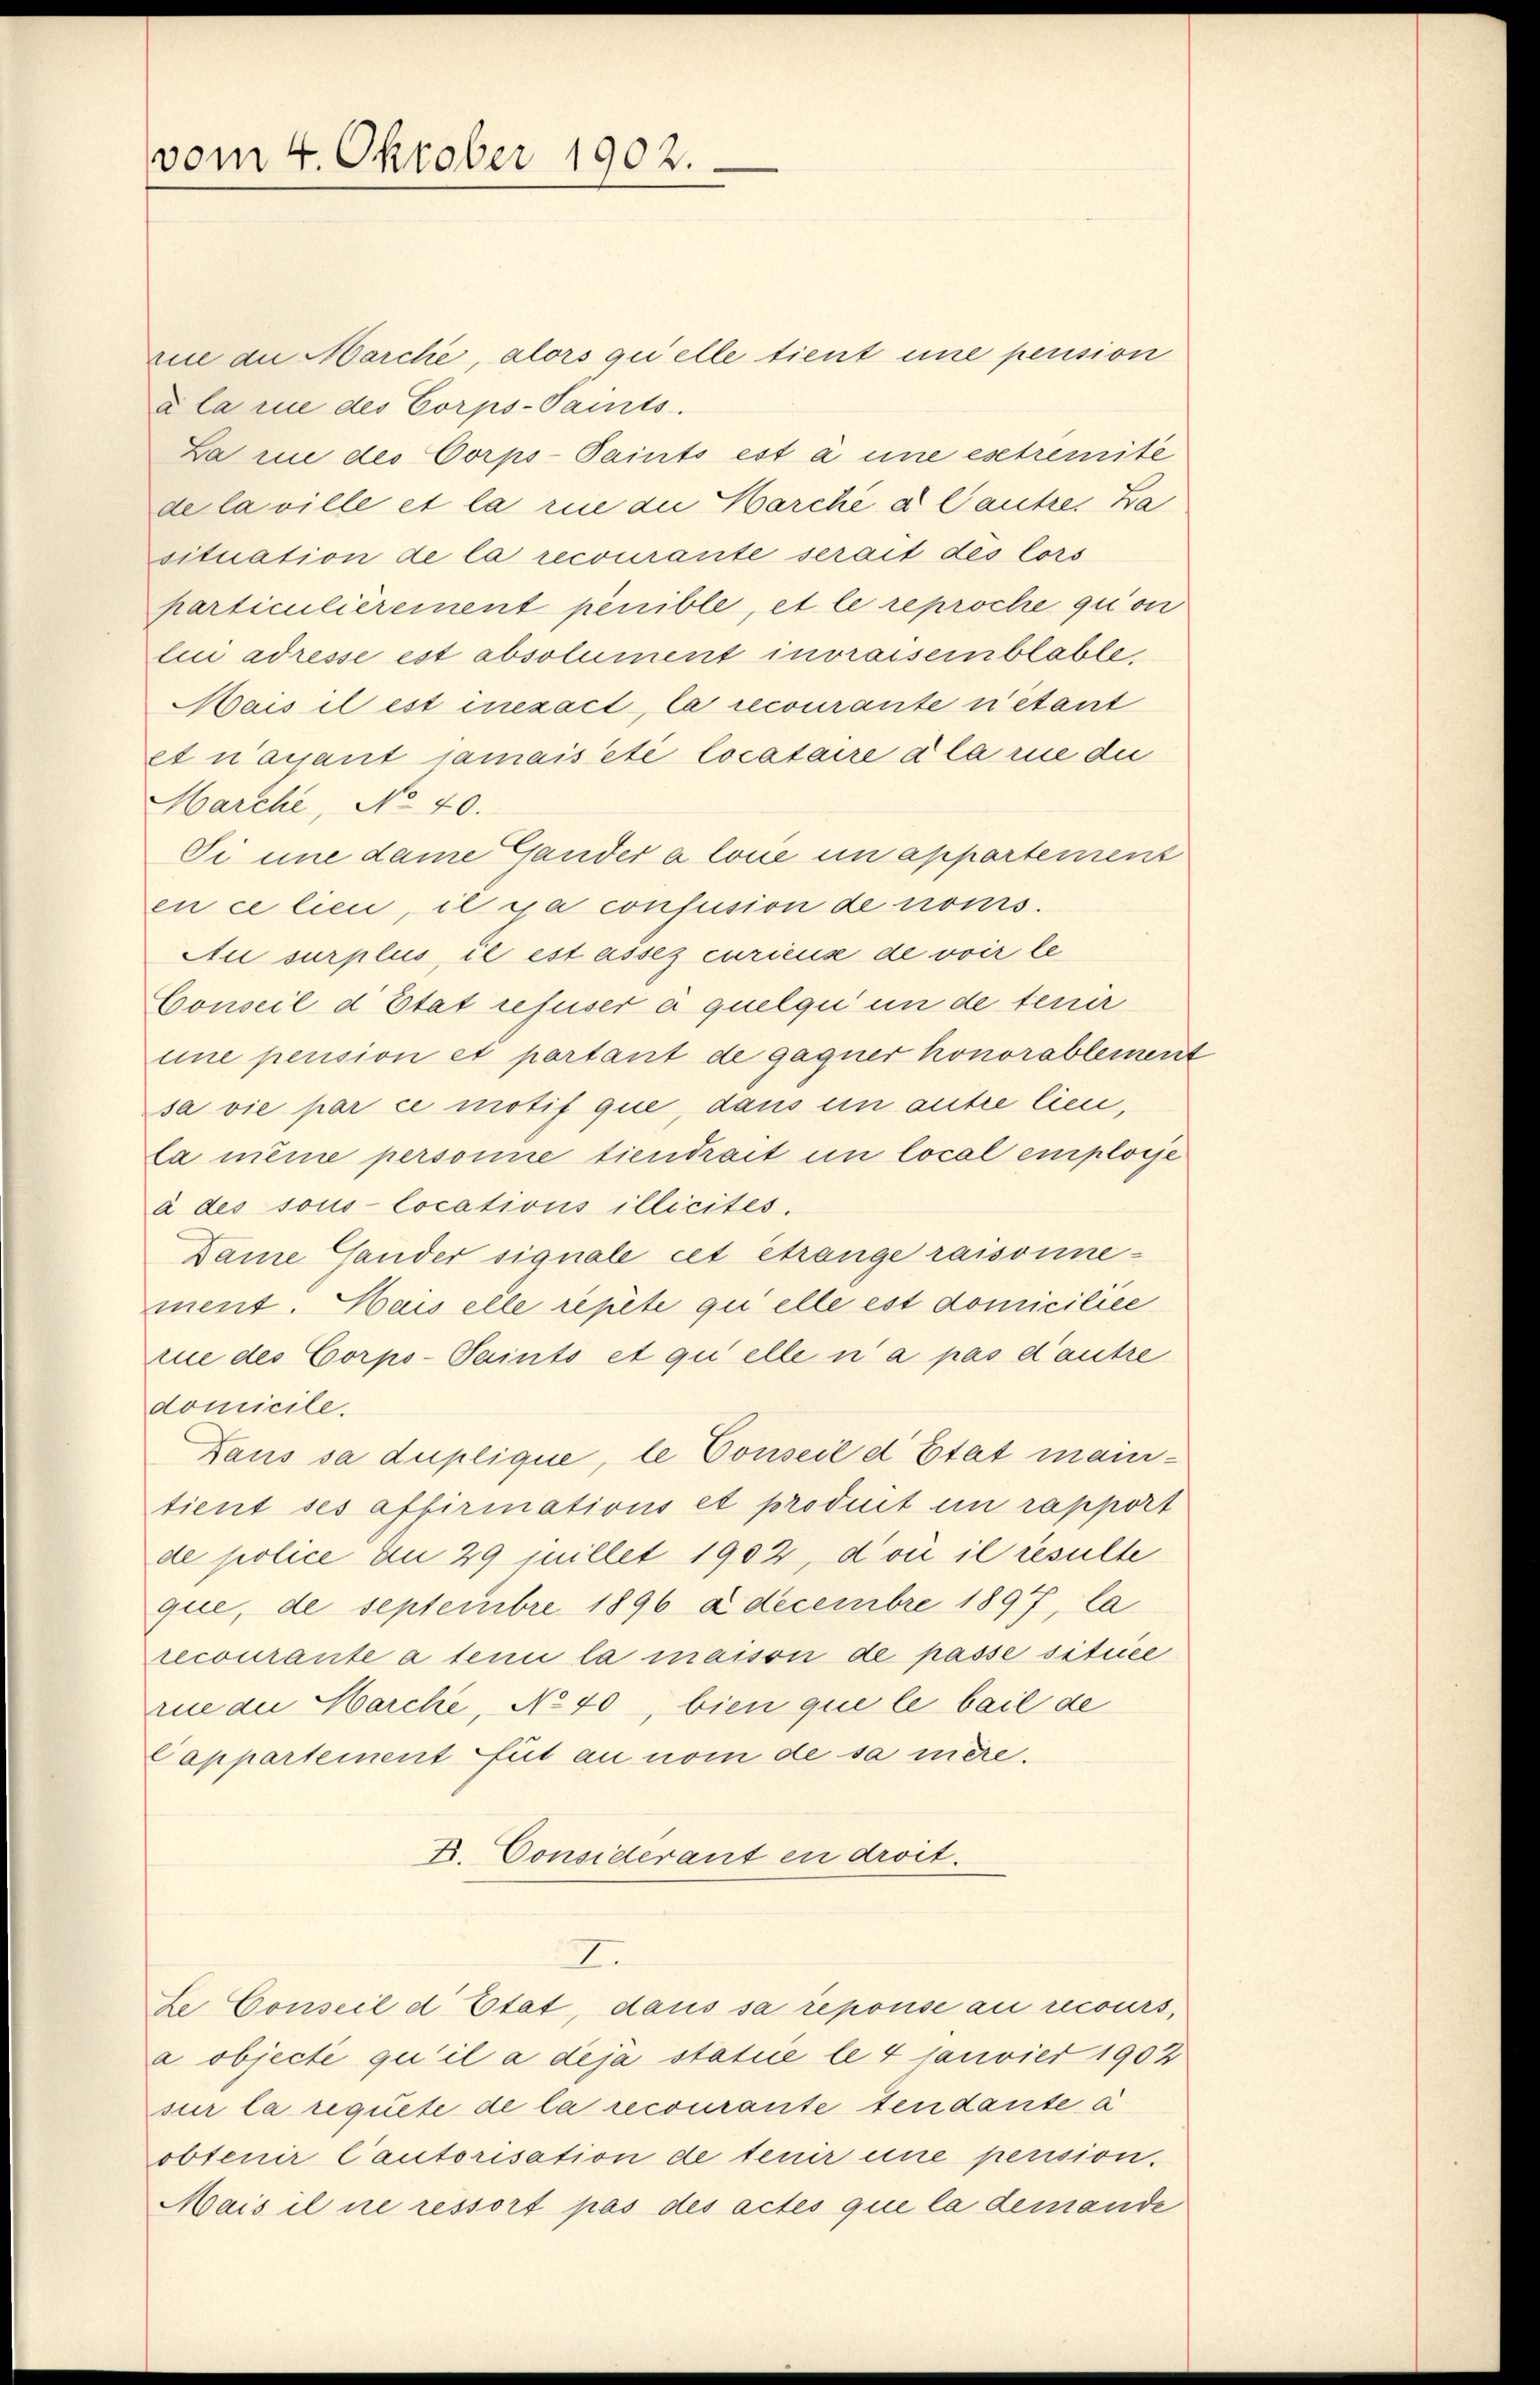
vom 4. Oktober 1902.

Ein an Marche, alors quelle tient une pension
a la rue des Corps-Paits.
La in des Corps-Paints est à une estremite
de la ville et la rine an Marche a Cautres Ba
situation de la recourante serait des lors
particulièrement penible, et le reproche quon
lii adresse est absolument invraisemblable,
Mais il est inezact, la recourante n’étant
et nacant jamais été locataire à la rie die
Marche, No 40.
Si une dame Gander a lone in appartement
en ce lieu, il a confusion de nomis
Au surplus, il est assez curieuse de voir le
Conseil d’Etat refuser à quelqu’un de tenir
une pension et portant de gagner honorableinen
sa vie par ce motif que, dans ein antre lien,
La meine personne tiendrait in local employe
à des sous locations illicites.
Dame Gander signale cet étrange raisonnement. Sais elle repete quelle est domiciliee
rue des Corpo-Paints et quelle n’a pas d’autre
domicile.
Daus sa duplique, le Conseil d’Etat meintient ses affirmations et produit en rapport
de police an 29 millet 1902, do il resulte
que, de septembre 1896 a decembre 1897, la
recourante a tenu la maison de passe située
rin an Marche, No 40, bien que le bail de
Cappartement fut an nom de sa mère.
B. Considerant en droit.
2.
Le Conseil d’Etat, dans sa reponse an recours,
a objecte qu’il a déjà statue le 4 Janvier 1902
sur la requete de la recourante Tendante a
obtenir Cautorisation de tenir eine pension.
Mais il ne ressort pas des actes que la demande

2